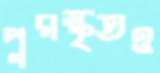
পুরস্কৃতও